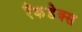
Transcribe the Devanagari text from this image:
रैंकडेक्स